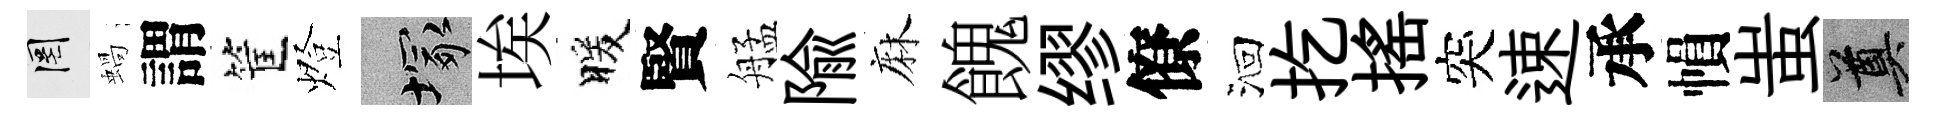
罔蝸謂筐燈塚埃暖賢艋隃麻餽缪僚洄扢揺突速承𢄙蚩奠